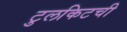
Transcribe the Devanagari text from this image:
टुलकिटची